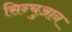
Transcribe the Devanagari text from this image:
सिन्चुआन